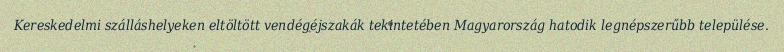
Kereskedelmi szálláshelyeken eltöltött vendégéjszakák tekintetében Magyarország hatodik legnépszerűbb települése.